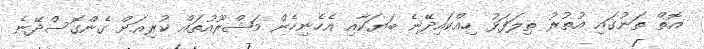
އޮތް ތަނުގައި އުތުރު ތިލަފަޅު ހިއްކައިދޭނެ ބަޔަކާއި އެހެނިހެން މަޝްރޫއުތައް ކުރިއަށް ގެންގޮސްދޭނެ